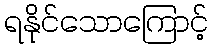
ရနိုင်သောကြောင့်